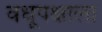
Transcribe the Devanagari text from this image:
वधूपक्षाला